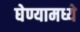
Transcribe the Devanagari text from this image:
घेण्यामध्ये